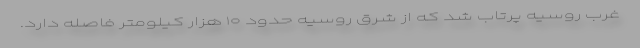
غرب روسیه پرتاب شد که از شرق روسیه حدود ۱۰ هزار کیلومتر فاصله دارد.